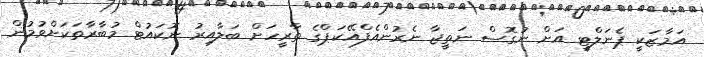
އަމާޒަކީ ޕެނަލްޓީ އަށް ނުގޮސް ނަތީޖާ ނެރުންއެފްއޭކަޕްގެ ތާރީހަށް ބަލާއިރު ނޮކައުޓް މުބާރާތަކަށްވުމުން